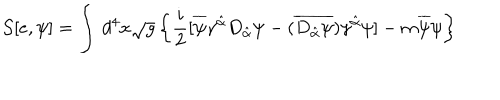
{ \cal S } [ e , \psi ] = \int \, d ^ { 4 } x \sqrt { g } \left\{ \frac { i } { 2 } [ \overline { { { \psi } } } \gamma ^ { \hat { \alpha } } D _ { \hat { \alpha } } \psi - ( \overline { { { D _ { \hat { \alpha } } \psi } } } ) \gamma ^ { \hat { \alpha } } \psi ] - m \overline { { { \psi } } } \psi \right\}